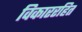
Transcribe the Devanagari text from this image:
विकाररहित